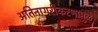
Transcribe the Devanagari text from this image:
अतिनागरीकरणामुळे